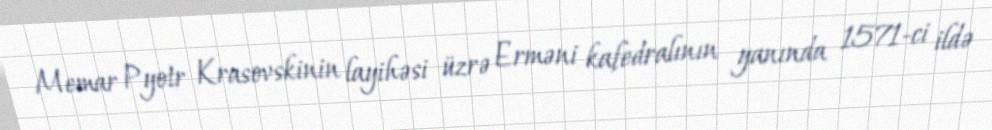
Memar Pyotr Krasovskinin layihəsi üzrə Erməni kafedralının yanında 1571-ci ildə